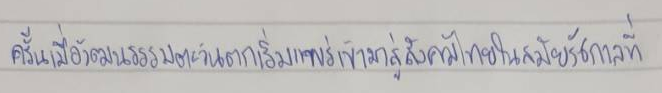
ครั้นเมื่อวัฒนธรรมตะวันตกเริ่มแพร่เข้ามาสู่สังคมไทยในสมัยรัชกาลที่